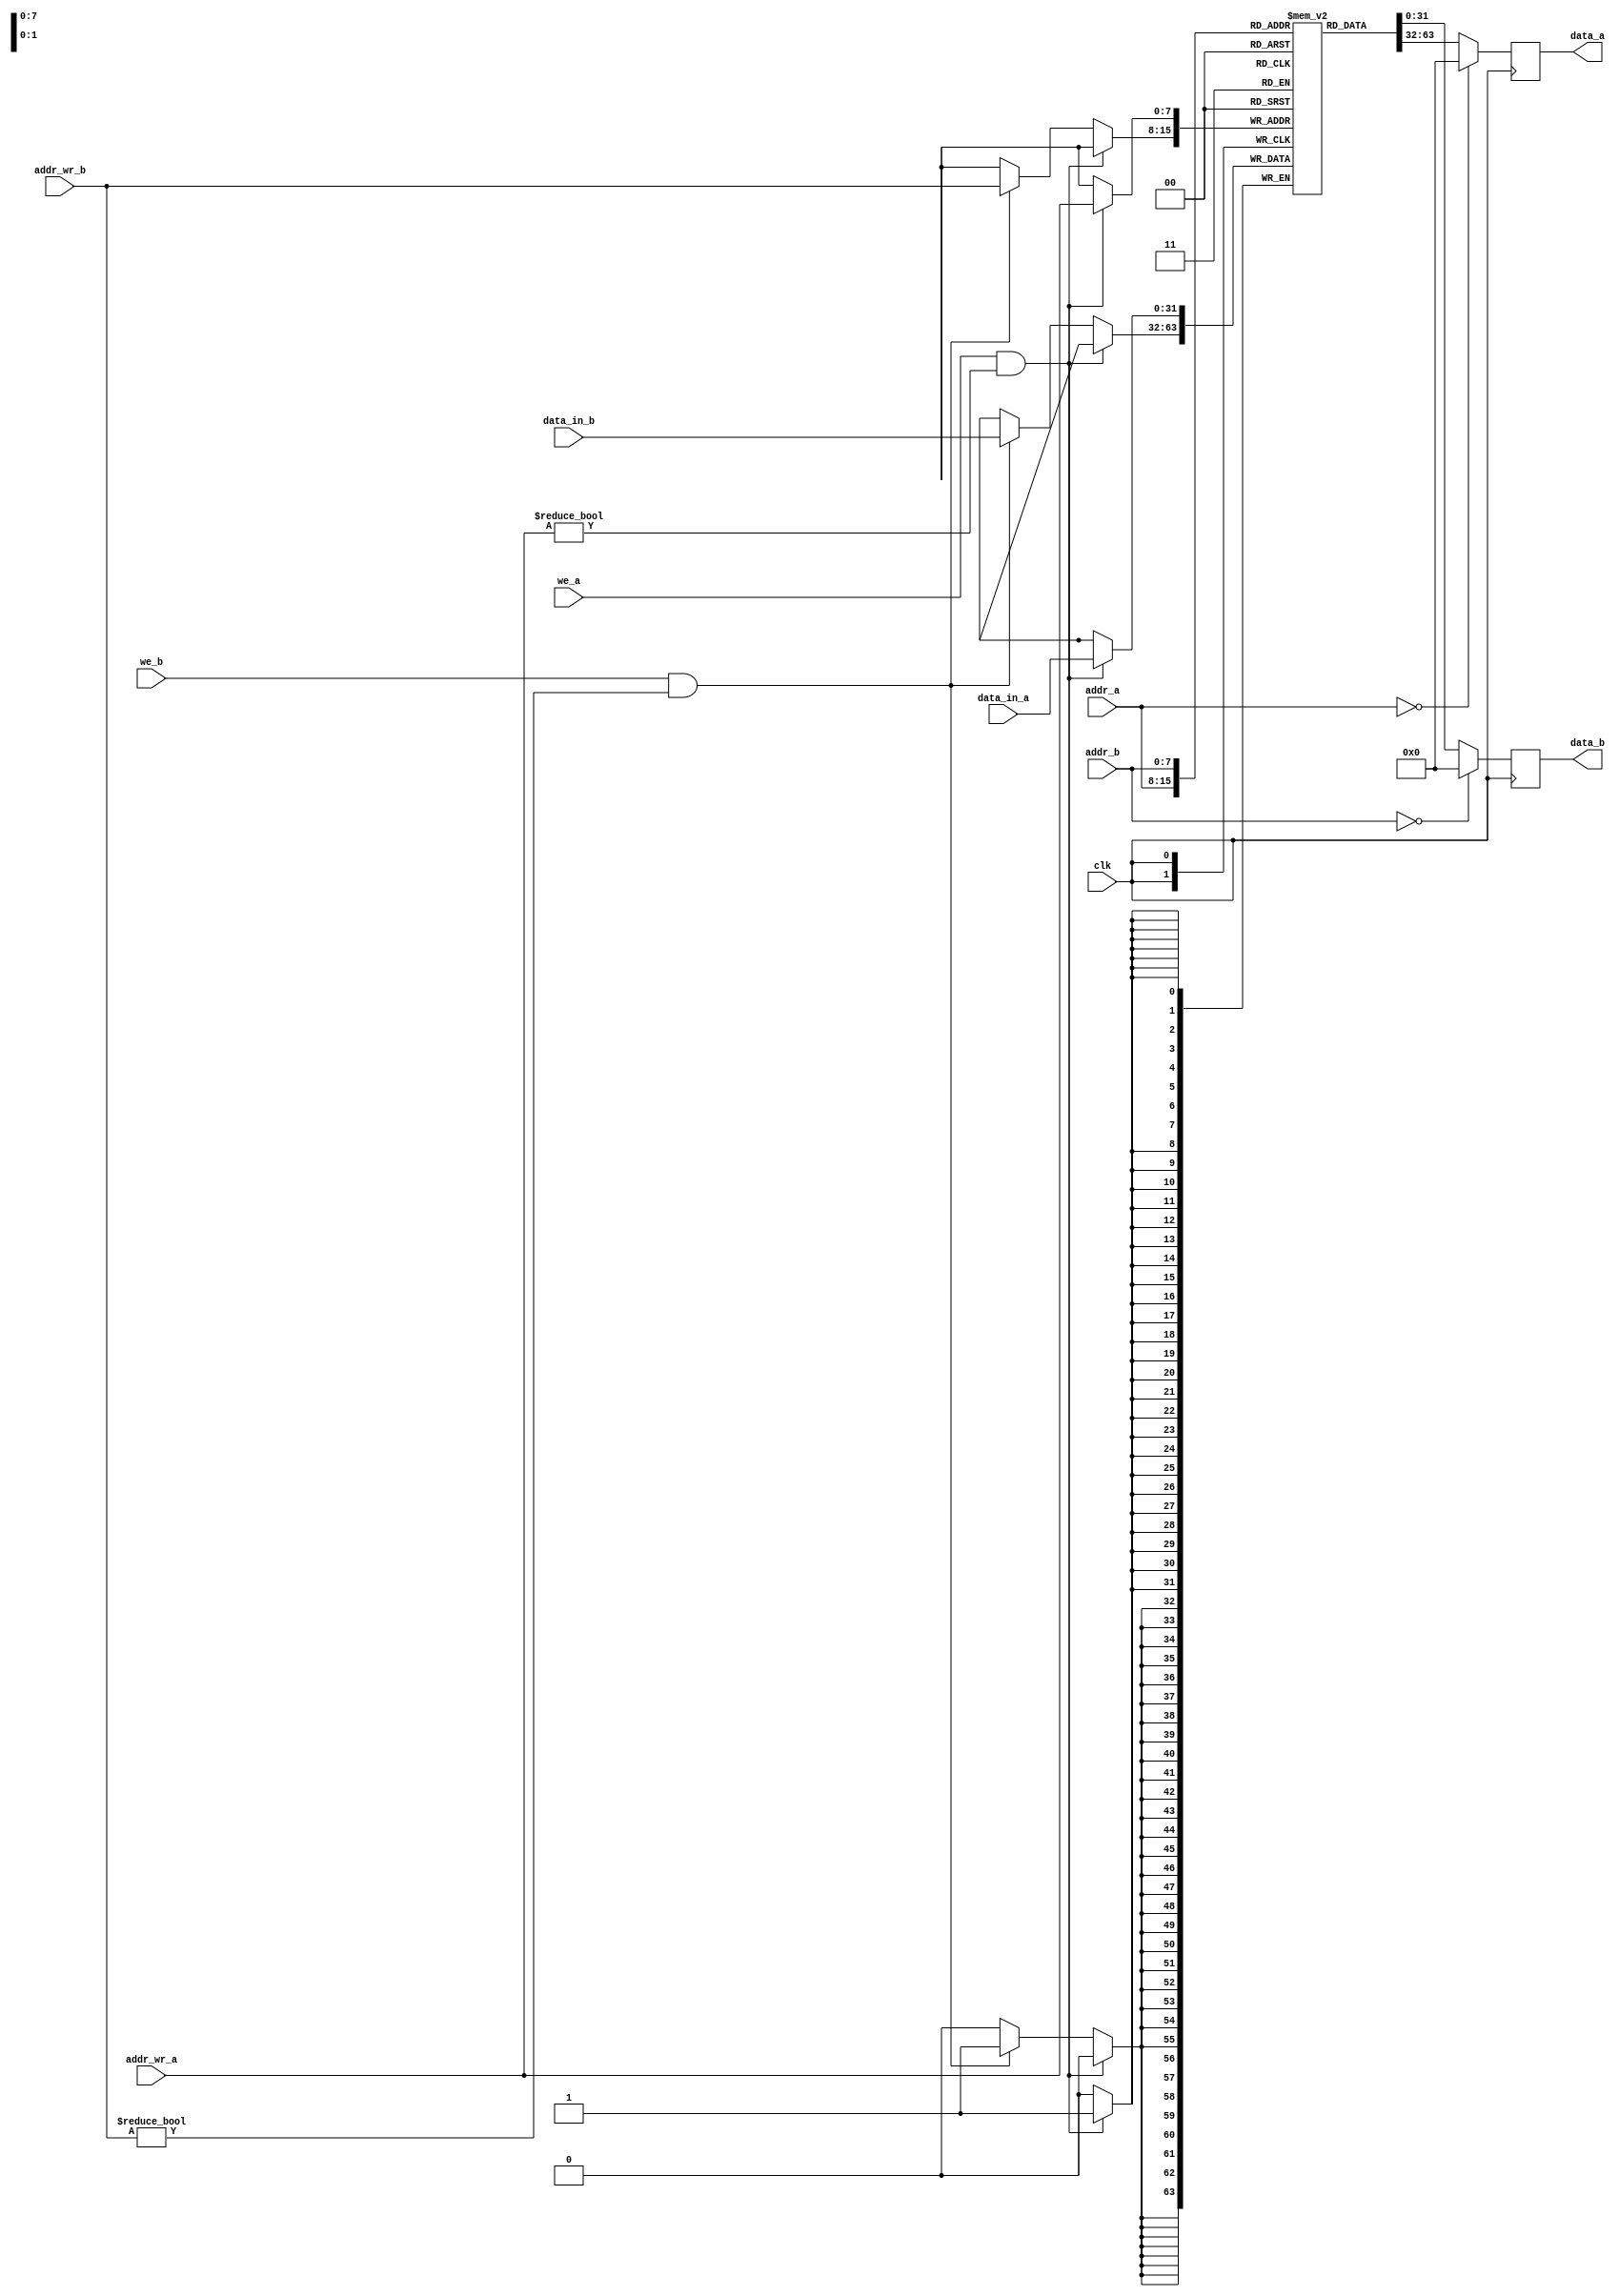
module portram #(parameter data_width = 32,parameter addr_width = 8,parameter ram_depth = 1 << addr_width)(
    input clk,
    input [addr_width-1:0] addr_a, addr_b, addr_wr_a, addr_wr_b,
    input [data_width-1:0] data_in_a, data_in_b,
    input we_a, we_b,
    output reg [data_width-1:0] data_a, data_b
);

    reg [data_width-1:0] RAM [ram_depth-1:0];

    
    always @(posedge clk) begin
	 
        if (we_a && addr_wr_a != 0) begin
		  
            RAM[addr_wr_a] <= data_in_a;
        end else if (we_b && addr_wr_b != 0) begin
		  
            RAM[addr_wr_b] <= data_in_b;
				
        end
		  
    end

    
    always @(posedge clk) begin
	 
        if (addr_a == 0)
            data_a <= 0;
        else
            data_a <= RAM[addr_a];
				
    end

   
    always @(posedge clk) begin
	 
        if (addr_b == 0)
            data_b <= 0;
        else
            data_b <= RAM[addr_b];
				
    end

endmodule